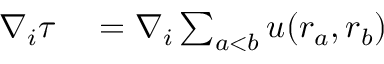
\begin{array} { r l } { \boldsymbol { \nabla } _ { i } \tau } & { { } = \boldsymbol { \nabla } _ { i } \sum _ { a < b } u ( \boldsymbol { r } _ { a } , \boldsymbol { r } _ { b } ) } \end{array}